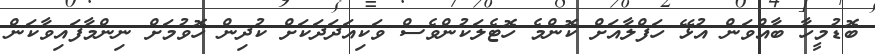
ބޮޑުމީހާ ބާއްވަން އުޅޭ ހަފްލާއަށް ކޮންމެ ހޮޓެލަކުންވެސް ވަކިއަދަދަކަށް ކުދިން ހޮވުމަށް ނިންމާފައިވާކަން